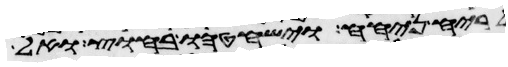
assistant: לריח ניחח וישחטהו בחוץ ואל